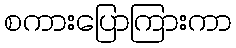
စကားပြောကြားကာ